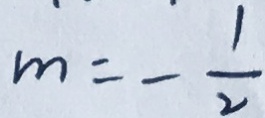
m = - \frac { 1 } { 2 }